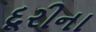
દૂરીના